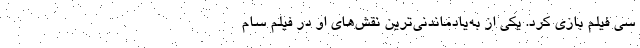
سی فیلم بازی کرد. یکی از به‌یادماندنی‌ترین نقش‌های او در فیلم سام